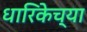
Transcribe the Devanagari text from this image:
धारिकेच्या